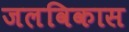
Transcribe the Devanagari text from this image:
जलविकास